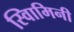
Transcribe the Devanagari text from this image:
स्वािमिनी